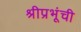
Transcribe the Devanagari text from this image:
श्रीप्रभूंची